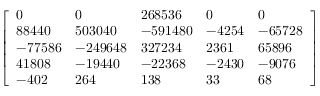
\left[ \begin{array} { l l l l l } { 0 } & { 0 } & { 2 6 8 5 3 6 } & { 0 } & { 0 } \\ { 8 8 4 4 0 } & { 5 0 3 0 4 0 } & { - 5 9 1 4 8 0 } & { - 4 2 5 4 } & { - 6 5 7 2 8 } \\ { - 7 7 5 8 6 } & { - 2 4 9 6 4 8 } & { 3 2 7 2 3 4 } & { 2 3 6 1 } & { 6 5 8 9 6 } \\ { 4 1 8 0 8 } & { - 1 9 4 4 0 } & { - 2 2 3 6 8 } & { - 2 4 3 0 } & { - 9 0 7 6 } \\ { - 4 0 2 } & { 2 6 4 } & { 1 3 8 } & { 3 3 } & { 6 8 } \end{array} \right]